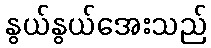
နွယ်နွယ်အေးသည်